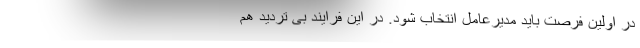
در اولین فرصت باید مدیرعامل انتخاب شود. در این فرایند بی تردید هم